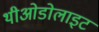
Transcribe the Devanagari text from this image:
थीओडोलाइट